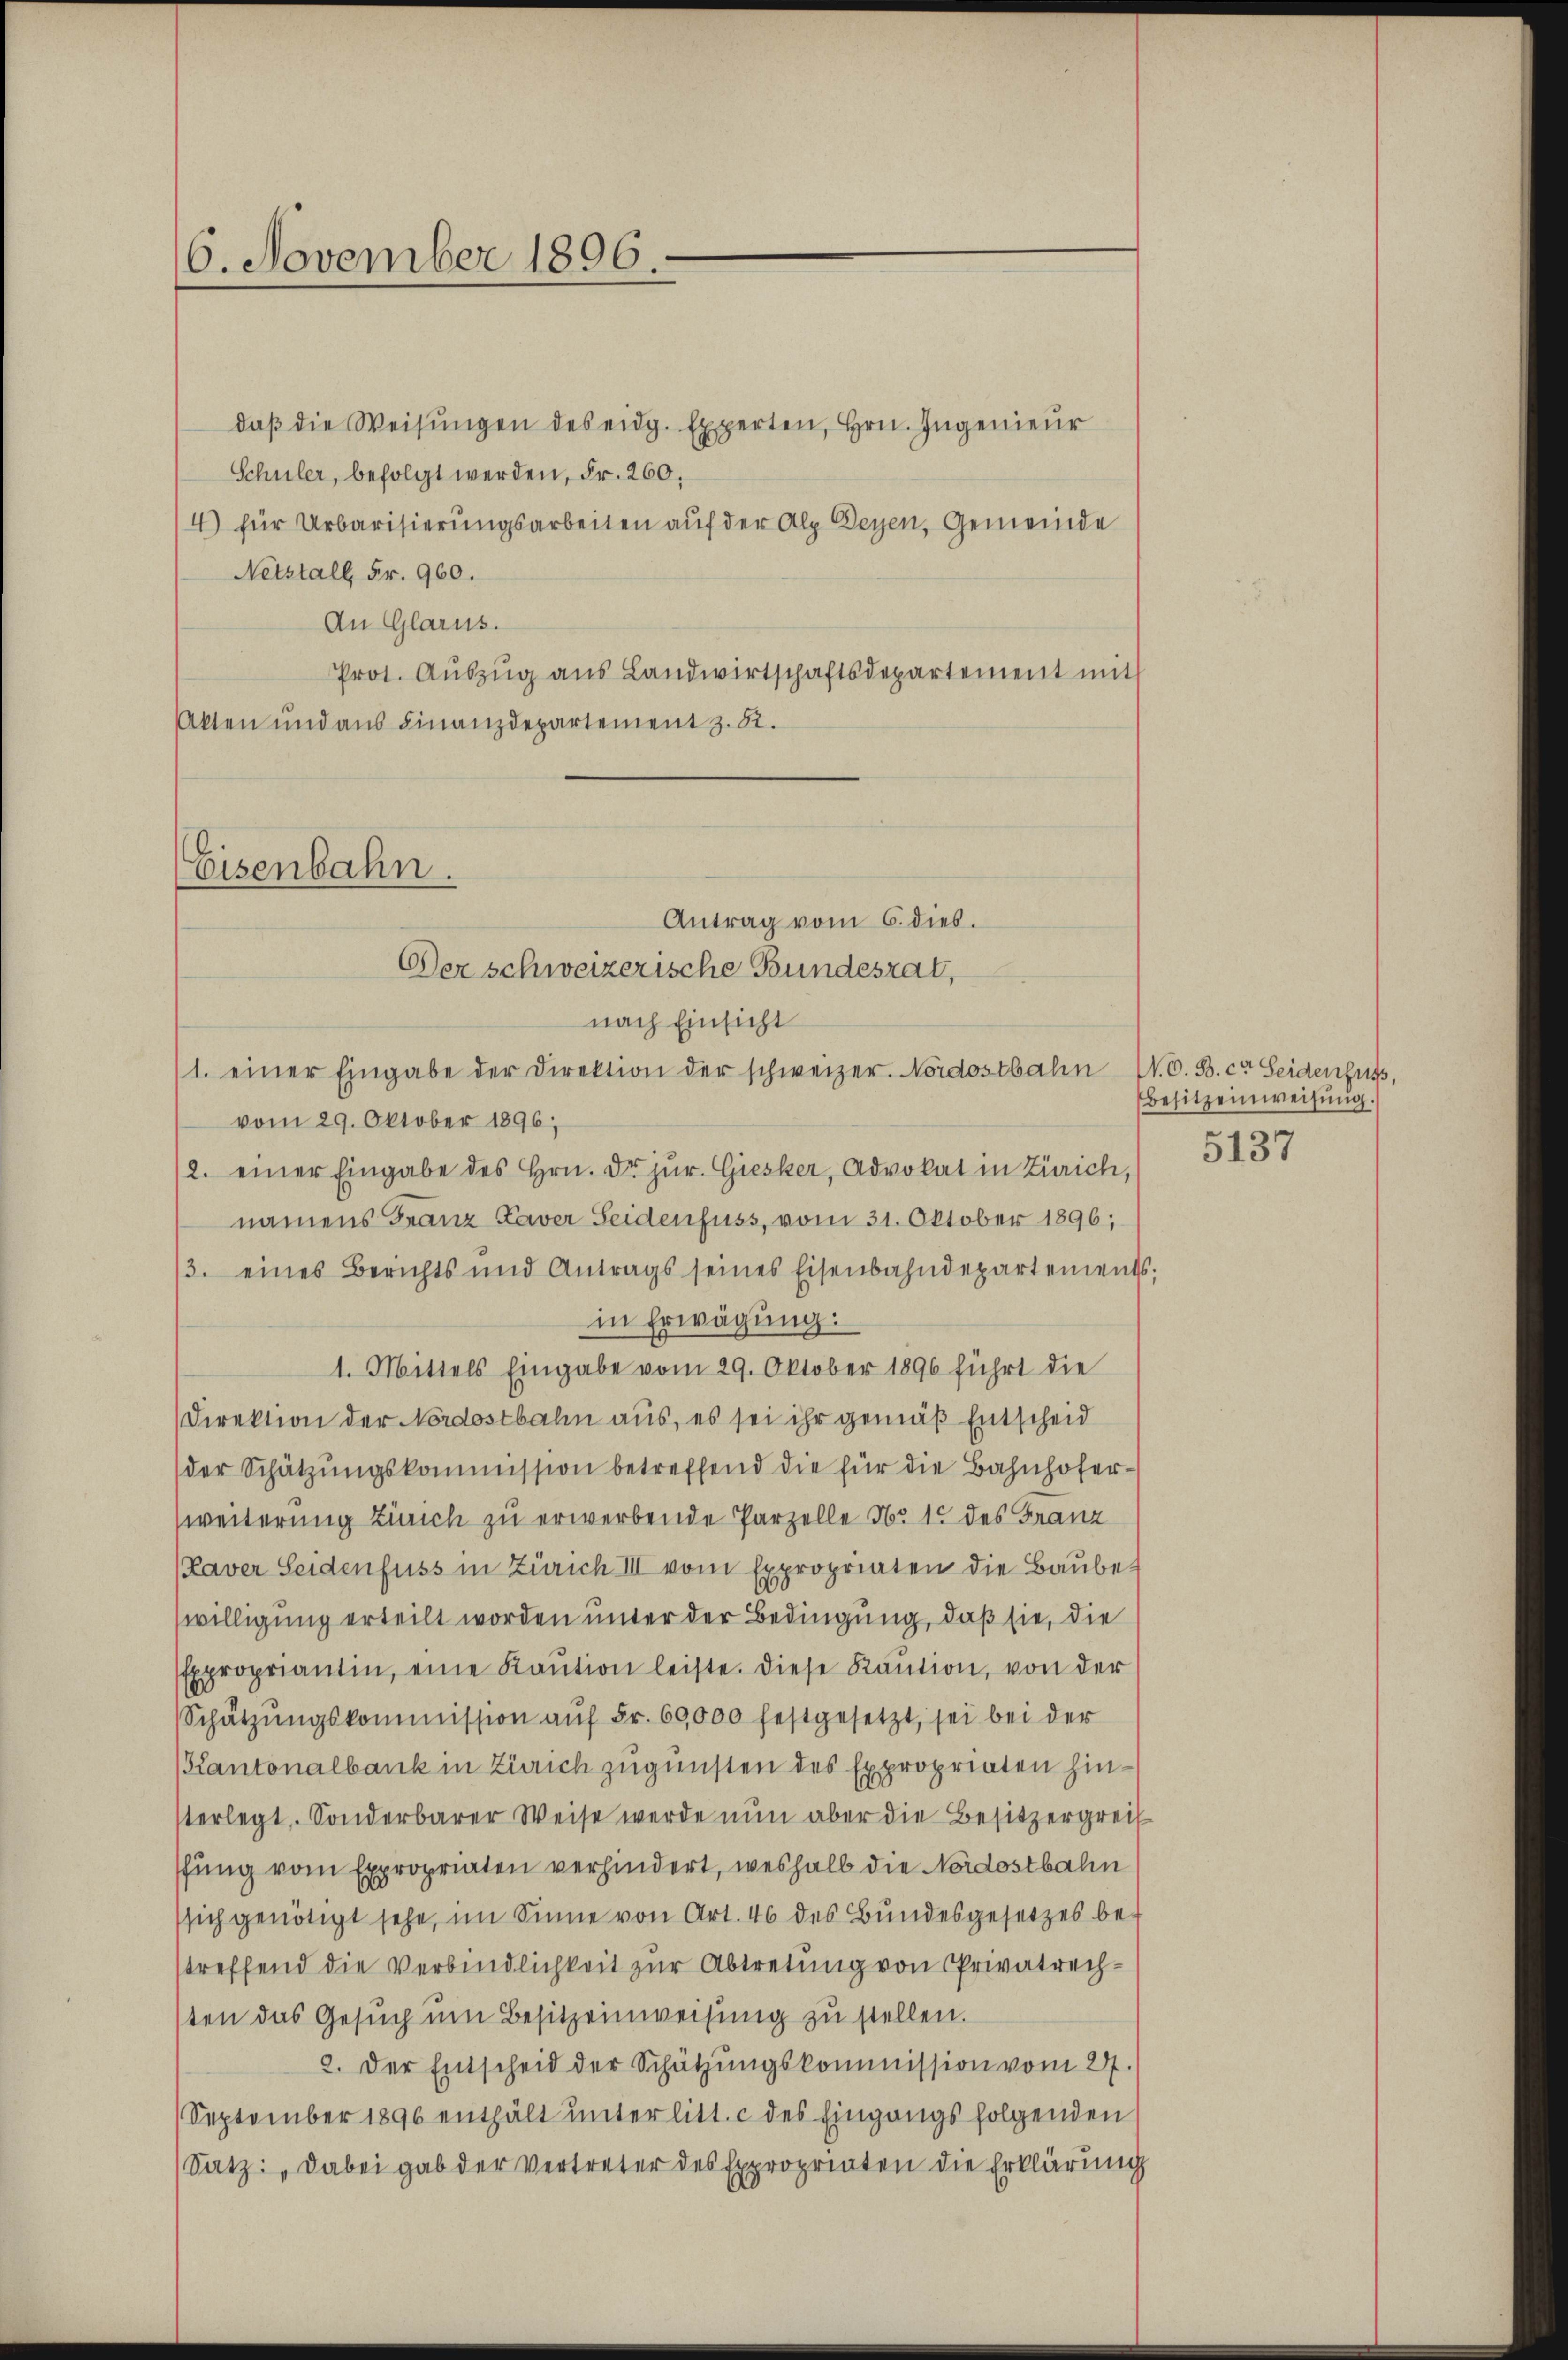
6. November 1896.

daβ die Weisŭngen des eidg. Experten, Hrn. Ingenieŭr
Schuler, befolgt werden, Fr. 260.
4) für Urbarisierŭngsarbeiten aŭf der Alp Deyen, Gemeinde
Netztall, Fr. 960.
An Glarus.
Prot. Aŭszŭg aŭs Landwirtschaftsdepartement mit
Akten und aus Finanzdepartement z. 82.
nach Einsicht
1. einer Eingabe der Direktion der schweizer. Nordostbahn W. B. c. Seidenbuss,
vom 29. Oktober 1896;
2. einer Eingabe des Hrn. Dr. jur. Giesker, Advokat in Zürich,
namens Franz Kaver Seidenfuss, vom 31. Oktober 1896;
/3. eines Berichts und Antrags seines Eisenbahndepartements;
in Erwägung:
1. Mittels Eingabe vom 29. Oktober 1896 führt die
Direktion der Nordostbahn aus, es sei ihr gemäß Entscheid
der Schätzŭngskommission betreffend die für die Bahnhoferweiterung Zürich zu erwerbende Parzelle No 15 des Franz
(Raver Seidenfuss in Zürich III vom Expropriaten die Baubewilligung erteilt worden unter der Bedingung, daß sie, die
Expropriantin, eine Kaŭtion leiste. Diese Kaŭtion, von der
Schätzŭngskommission aŭf Fr. 60,000 festgesetzt, sei bei der
Kantonalbank in Zürich zugunsten des Expropriaten hinsterlegt. Sonderbarer Weise werde nun aber die Besitzergreif
ffung vom Expropriaten verhindert, weshalb die Nordostbahn
ssich genötigt sehe, im Sinne von Art. 46 des Bŭndesgesetzes be-
streffend die Verbindlichkeit zur Abtretung von Privatrechsten das Gesuch um Besitzeinweisung zu stellen.
2. Der Entscheid der Schützŭngskommission vom 27.
September 1896 enthält unterlitt. c des Eingangs folgenden
Satz: „Dabei gab der Vertreter des Expropriaten die Erklärung

Eisenbahn.
Antrag vom 6. dies.
Der schweizerische Bundesrat,

Besitzeinweisung.
5137